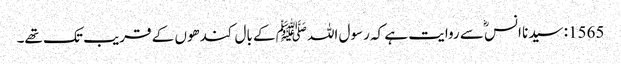
1565: سیدنا انسؓ سے روایت ہے کہ رسول اللہﷺ کے بال کندھوں کے قریب تک تھے۔